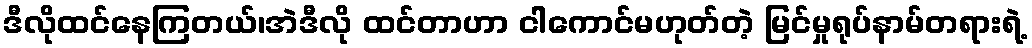
ဒီလိုထင်နေကြတယ်၊အဲဒီလို ထင်တာဟာ ငါကောင်မဟုတ်တဲ့ မြင်မှုရုပ်နာမ်တရားရဲ့